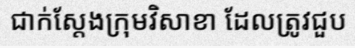
ជាក់ស្តែងក្រុមវិសាខា ដែលត្រូវជួប